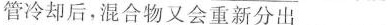
管冷却后，混合物又会重新分出